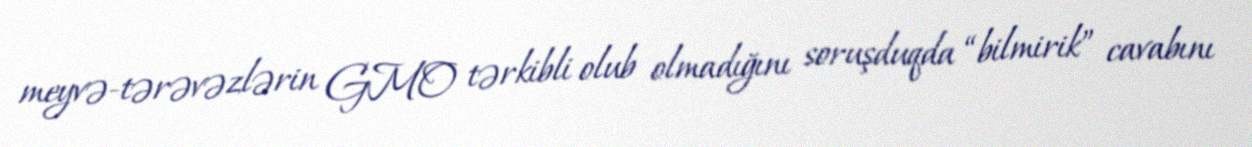
meyvə-tərəvəzlərin GMO tərkibli olub olmadığını soruşduqda “bilmirik” cavabını